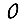
Digit: 0